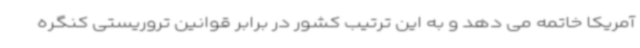
آمریکا خاتمه می دهد و به این ترتیب کشور در برابر قوانین تروریستی کنگره